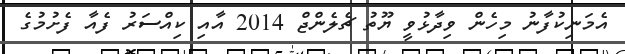
އެމަނިކުފާނު މިހެން ވިދާޅުވީ ޔޫތު ޗެލެންޖް 2014 އާއި ކިއްސަރު ފެއާ ފެށުމުގެ